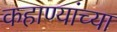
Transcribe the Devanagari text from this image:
कहाण्यांच्या